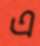
এ